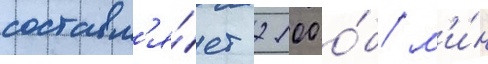
составл'я́ет 2100 о́б/ м'и́н